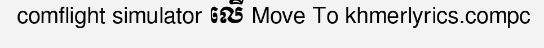
comflight simulator លើ Move To khmerlyrics.compc